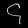
Digit: ၄